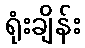
ရုံးချိန်း